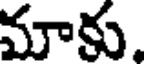
మాకు.